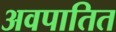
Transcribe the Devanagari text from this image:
अवपातित